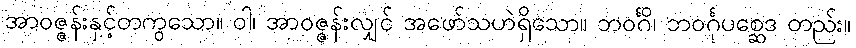
အာဝဇ္ဇန်းနှင့်တကွသော။ ဝါ၊ အာဝဇ္ဇန်းလျှင် အဖော်သဟဲရှိသော။ ဘဝင်္ဂိ၊ ဘဝင်္ဂုပစ္ဆေဒ တည်း။